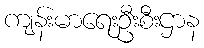
ကျန်းမာရေးဦးစီးဌာန